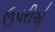
ઉપરીએ